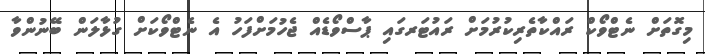
މިގޮތަށް ނެޓްވޯކް ރައްކާތެރިކުރުމަށް ރައުޓަރގައި ޕާސްވޯޑެއް ޖެހުމަށްފަހު އެ ނެޓްވޯކަށް ގުޅާލަން ބޭނުންވާ